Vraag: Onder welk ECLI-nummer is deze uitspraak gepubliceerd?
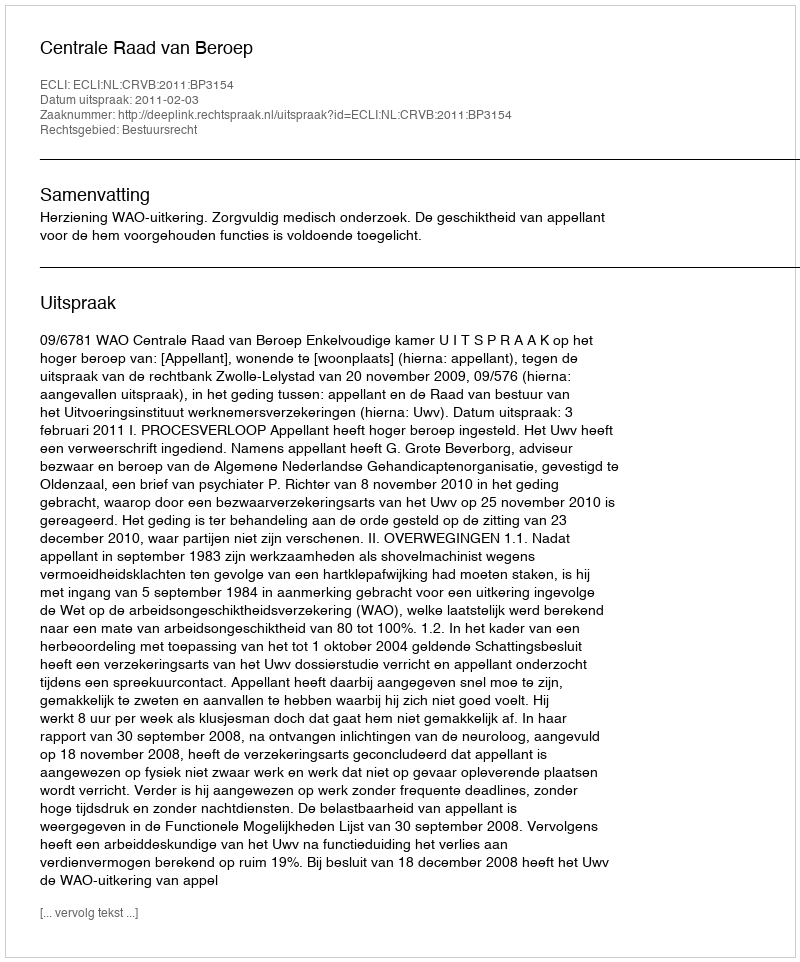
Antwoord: ECLI:NL:CRVB:2011:BP3154